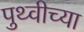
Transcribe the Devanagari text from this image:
पुथ्वीच्या